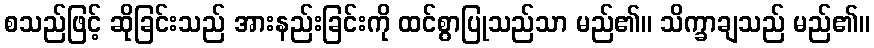
စသည်ဖြင့် ဆိုခြင်းသည် အားနည်းခြင်းကို ထင်စွာပြုသည်သာ မည်၏။ သိက္ခာချသည် မည်၏။